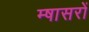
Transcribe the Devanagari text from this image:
म्षासरों